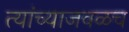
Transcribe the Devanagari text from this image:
त्यांच्याजवळच